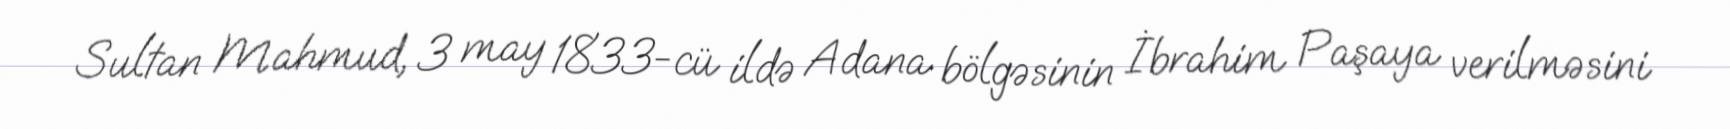
Sultan Mahmud, 3 may 1833-cü ildə Adana bölgəsinin İbrahim Paşaya verilməsini